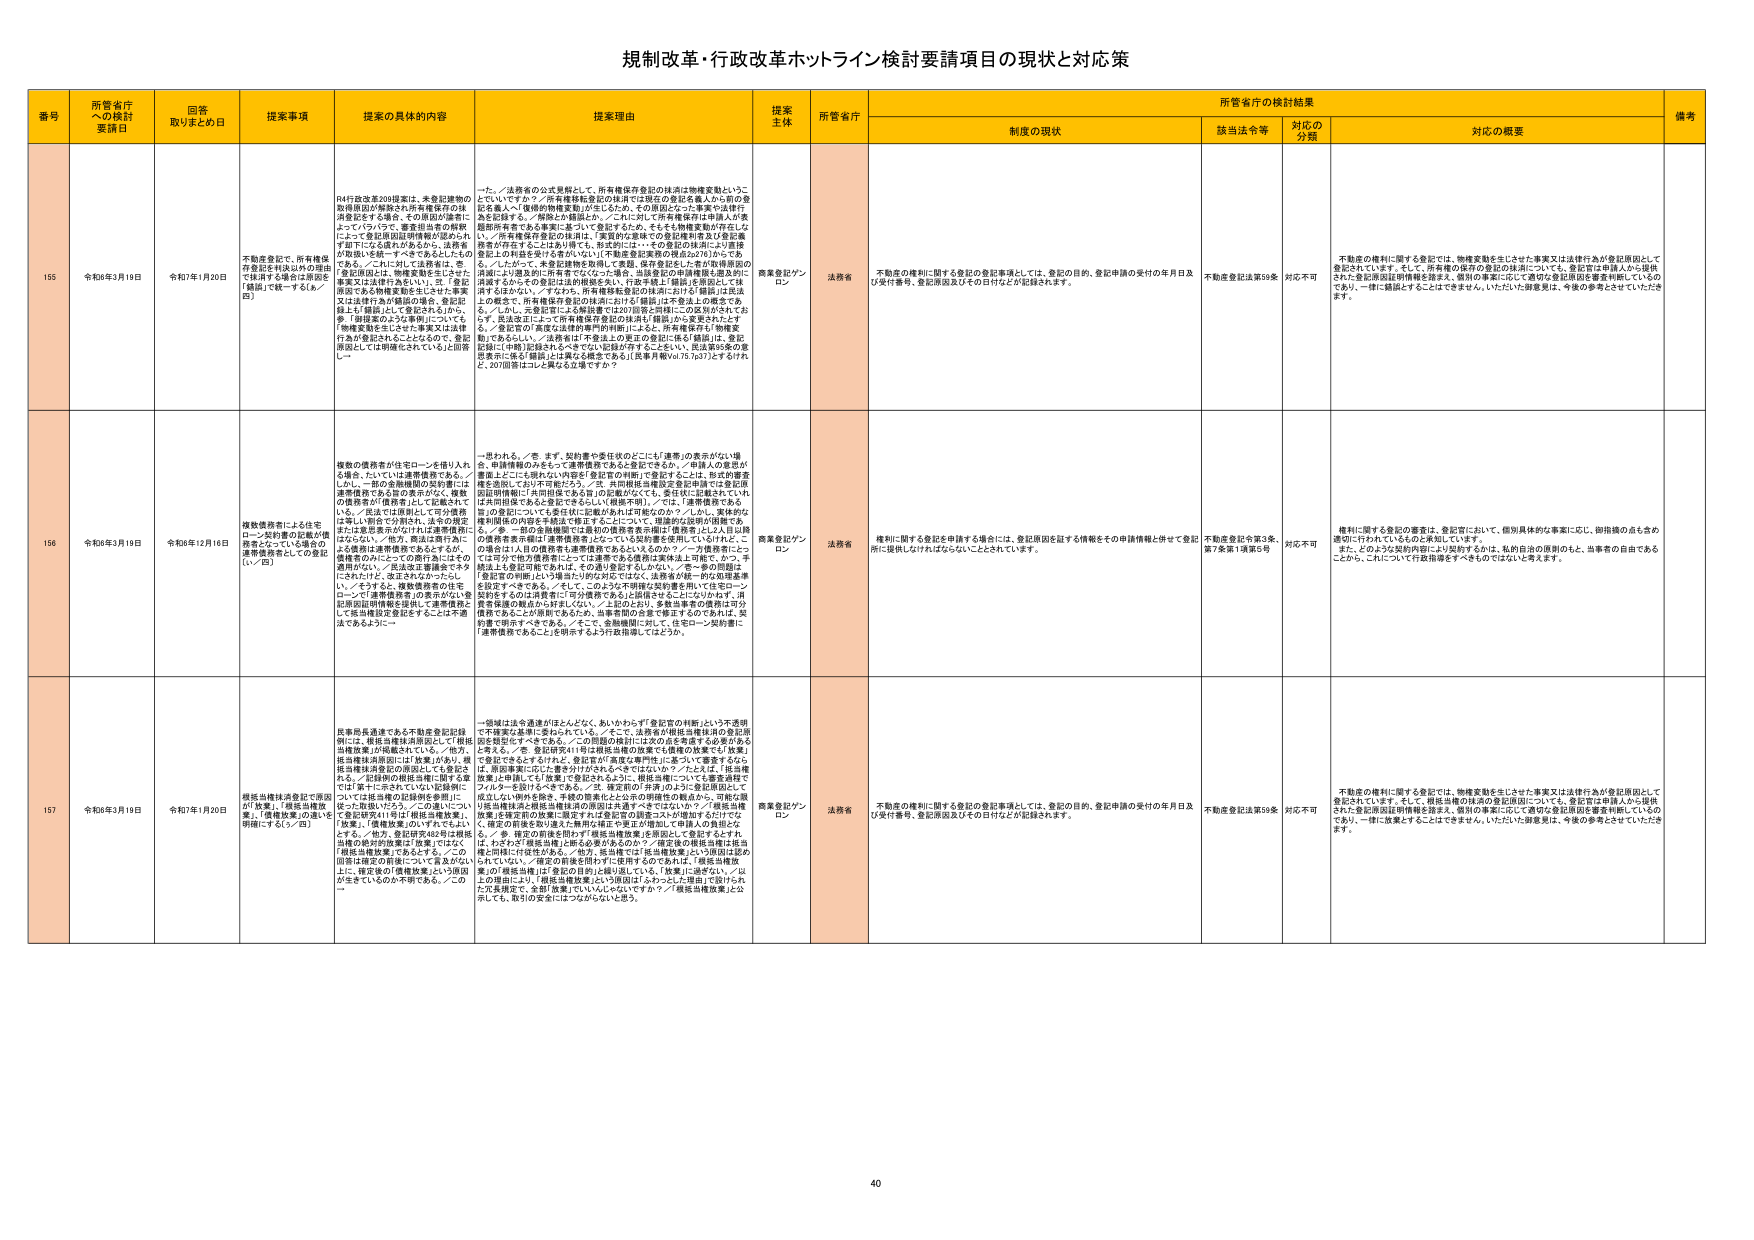
規制改革・行政改革ホットライン検討要請項目の現状と対応策

番号 所管省庁への検討要請日 回答取りまとめ日 提案事項 提案の具体的内容 提案理由 提案主体 所管省庁 制度の現状 所管省庁の検討結果 備考
該当法令等 対応の分類 対応の概要

155 令和6年3月19日 令和7年1月20日 不動産登記で、所有権保存登記を利益以外の理由で採用する場合は原則を「錯誤」で統一する（ル/四） R4行政改革208提案に、未登記建物の取得原因が解釈されず所有権保存の抹消登記をする場合、その原因が債務によっていつかついて、遺言担当者の解釈によって登記原因証明書が提出されず採用になる虞があるから、法務省が原則を統一すべきであるとしたものである。／これに対して法務省は、きょう登記局には、所有権変動を生じさせた事実又は法律行為が登記の対象とされ、登記原因である物権変動を生じさせた事実又は法律行為が登記の対象とされ、登記原因である物権変動を生じさせた事実又は法律行為が登記されることが必要で、登記原因としては錯誤をされていると回答し、一た。／法務省の公表見解として、所有権保存登記の抹消は物権変動というていいていますか？／所有権移転登記の抹消では現在の登記名義人から前の登記名義人へ「債権的物権変動」が生じるため、その原因となった事実で法務庁を登記する。／解釈から問題はか、／これに対して所有権保存申請人が債務的物権を生じる事実に基づいて登記するため、そもそも物権変動が存在しない。／所有権保存登記の抹消は、「誤認の実務やその登記要件を生じる事実が存在することにはより得て、形式的には、一々の登記の抹消により直接登記上の利益を受けるものでない」が物権変動実務の視点は欠けている。／したがって、未登記建物を取得して書類、保存登記をした者が取得原因の抹消により過去的に所有者でなくなった場合、当該登記の申請権限を過去的に消滅するか、その登記の抹消は、登記原因として「錯誤」で登記するべきではないか。／すなわち、所有権移転登記の抹消における「錯誤」は法法上の概念で、所有権保存登記の抹消における「錯誤」は実務上の概念である。／しかし、元登記官による解説書では2017年答え同様にこの区別がされておらず、法法改正によって所有権保存登記の抹消も「錯誤」に変更されていする。／登記官の「高度な法務的専門的判断」による、所有権保存が物権変動にあたらない。／法務省は「不登記上の更正の登記に係る「錯誤」は、登記原因に「自動」記録されるべきでない記録が存在することをいい、登記原因その意思表示に係る「錯誤」は異なる概念である」（法務月報Vol.75.7p37）とするけれど、2017回答はコレと異なる立場ですか？ 商業登記ワンロン 法務省 不動産の権利に関する登記の登記事項としては、登記の目的、登記申請の受付の年月日及び受付番号、登記原因及びその日付などが記録されます。 不動産登記法第59条 対応不可 不動産の権利に関する登記では、物権変動を生じさせた事実又は法律行為が登記原因として登記されています。そして、所有権の既存の登記の抹消については、登記官が申請人から提供された登記原因証明書を踏まえ、個別の事案に応じて適切な登記原因を審査判断しているのであり、一律に錯誤とすることはできません。いただいた御意見は、今後の参考とさせていただきま す。

156 令和6年3月19日 令和6年12月16日 複数の債務者が住宅ローンを借り入れる場合、たいていは連帯債務である。／しかし、一部の金融機関の契約書には連帯債務である旨の表示がなく、複数の債務者が「債務者」として記載されてい。／民法では原則として司法債務は個人間の契約で発生し、当事の意思表示は意思表示のなければ連帯債務にはならない。／他方、民法は契約外による債務は連帯債務であるとするが、債務者のみにこうした債務が生じるため原則がない。／民法改正要請書でも今にされたけど、改正されなかったらしい。／そうすると、複数債務者の住宅ローンで「連帯債務者」の表示がない登記原因証明書を提出して連帯債務として抵当権設定登記をすることは不適法であるように… 一思われる。／答 まず、契約書や委任状のどこに「連帯」の表示がない場合、申請情報のみをもって連帯債務であると登記できるか。／申請人の意思が書面上ににも明かに内容が「登記官の判断」で登記することは、弁護師の審査権を逸脱しておらず可能だろう。／答 共同根抵当権設定登記申請では登記原因証明書に「共同担保となる旨」の記載がなくても、委任状に記載されていれば共同担保であると登記できるとし（「根抵不明」）。／では、「連帯債務である旨」の登記についても委任状に記載があれば可能なのか？／しかし、実体的な権利関係の内容を申請法で確定するについては、理論的な説明が困難である。／参 一部の金融機関では最初の債務者表記は「債務者」とした1人目以降の債務者表記は「連帯債務者」となっている記載を表示しているけれど、この場合は1人の債務者も連帯債務であるといえるのか？／一方債務者にとらえは分子他方債務者にとっては連帯である連帯は実体法上可能で、かつ、予備法上も登記可能である。その通り登記するしかない。／答 一部の問題は「登記官の判断」という担当外の分が反応ではなく、法務省が統一的な処理基準を設定すべきである。／そして、このような不明確な契約書を用いて住宅ローン契約するのは消費者に「万が一債務がある」と誤信させることがないか。消費者保護の観点から好ましくない。／上記のとおり、多重当事者の債務は十分債務であることが原則であるため、当事者間の合意で修正するのであれば、契約書で明示すべきである。／そこで、金融機関に対して、住宅ローン契約書に「連帯債務であることを明示するよう行政指導してはどうか。 商業登記ワンロン 法務省 権利に関する登記を申請する場合には、登記原因を証する情報をその申請情報と併せて登記所に提供されなければならないこととされています。 不動産登記令第3条、第7条第1項第5号 対応不可 権利に関する登記の審査は、登記官において、個別具体的な事案に応じ、御指摘の点も含め適切に行われているものと承知しています。また、どのような契約内容により契約するかは、私的自治の原則のもと、当事者の自由であることから、これについて行政指導等すべきものではないと考えます。

157 令和6年3月19日 令和7年1月20日 根抵当権抹消登記で原因が「放棄」、「根抵当権放棄」、「債権放棄」の違いを明確にする（／四） 長期用途適法である不動産登記記録例には、根抵当権抹消原因として「根抵当権放棄」が掲載されている。／他方、根抵当権抹消原因には「放棄」があり、根抵当権抹消登記の原因としても登記される。／記録例の相違を明確にする必要では？答 これに至るまでにいな記録例については抵当権の記録例を参照に従って記載している。／この違いについて「登記所案内11号」は「根抵当権放棄」、「放棄」、「債権放棄」のいずれでもよいとする。／他方、登記所案内4号は根抵当権の原因の放棄は「放棄」ではなく「根抵当権放棄」であるとする。／この両規定の相違について言及がない上に、確実後の「債権放棄」という原因が生きていくのか不明である。／この 一登録は法令通達がほとんどなく、あいわからず登記官の判断という不透明不確実な基準に委ねられている。／そこで、法務省が根抵当権抹消の登記原因を整理してすべきである。／この問題の検討には次の点を考慮する必要があると考える。／答 登記所案内11号は根抵当権の放棄でも債権の放棄でも「放棄」で登記できるとすが、登記官が実質な審査中に迷っている審査するならば、原記事案に応じた審査が行われるべきではないか？／たとえば、「抵当権放棄」とすれば、「放棄」で登記されるように、根抵当権についても審査過程で「バッターを設けるべきである。／が、審査前の手続」の上に登記原因として成立しない例外を除き、不動の原案にとどまる明確性の観点から、可能な限り抵当権抹消と根抵当権抹消の原因は共通すべきではないか？／根抵当権放棄」を規定前の放棄に限定すれば登記官の判断コストが増加するだけでは、「根抵当権放棄」を登記した権利の抹消を審査が増加して申請人の負担とな る。／参 確定の前後を問わず「根抵当権放棄」を原因として登記するときには、たとえば「根抵当権」に係る必要があるのか？／確定後の根抵当権は抵当権と同様に付帯性がある。／他方、抵当権では「抵当権放棄」という原因は認められていない。／確定の前後を問わずに使用するのであれば、「根抵当権放棄」の「根抵当権」は「登記の目的」と結びついている。「放棄」に過ぎない。／以上の理由により、「根抵当権放棄」という原因は「ふわっとした理由」で設けられた冗長規定で、全部「放棄」にいいかえればいいですか？／「根抵当権放棄」を公示しても、取引の安全にはつながらないと思う。 商業登記ワンロン 法務省 不動産の権利に関する登記の登記事項としては、登記の目的、登記申請の受付の年月日及び受付番号、登記原因及びその日付などが記録されます。 不動産登記法第59条 対応不可 不動産の権利に関する登記では、物権変動を生じさせた事実又は法律行為が登記原因として登記されています。そして、根抵当権の抹消の登記原因については、登記官が申請人から提供された登記原因証明書を踏まえ、個別の事案に応じて適切な登記原因を審査判断しているのであり、一律に放棄とすることはできません。いただいた御意見は、今後の参考とさせていただきま す。

40